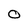
Character: O